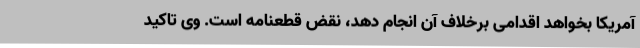
آمریکا بخواهد اقدامی برخلاف آن انجام دهد، نقض قطعنامه است. وی تاکید